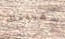
سفينتك